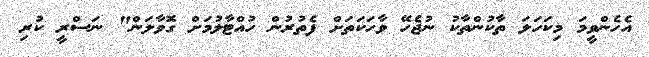
އެހެންވީމަ މިކަހަލަ ތާކުންތާކު ނުޖެހޭ ވާހަކަތަށް ފެތުރުން ހުއްޓާލުމަށް ގޮވާލަން" ނަސްރީ ކުރި